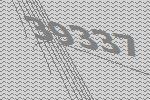
39337